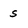
Character: S